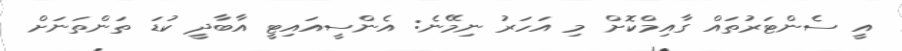
އީ ސެންޓަރުތައް ގާއިމްކޮށް މި އަހަރު ނިމޭނެ: އެންސީއައިޓީ އާބާދީ ކުޑަ ތަންތަނަށް